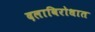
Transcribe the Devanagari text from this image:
दलाविरोधात